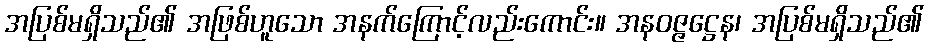
အပြစ်မရှိသည်၏ အဖြစ်ဟူသော အနက်ကြောင့်လည်းကောင်း။ အနဝဇ္ဇဋ္ဌေန၊ အပြစ်မရှိသည်၏